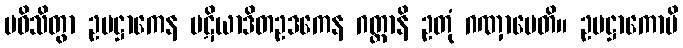
ပဝိသိတွာ ဥပဋ္ဌာကေန ပဋိယာဒိတဥဒကေန ဂတ္တာနိ ဥတုံ ဂဏှာပေတိ။ ဥပဋ္ဌာကောပိ